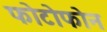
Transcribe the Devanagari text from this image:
फोटोफोन